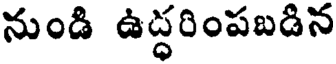
నుండి ఉద్ధరింపబడిన